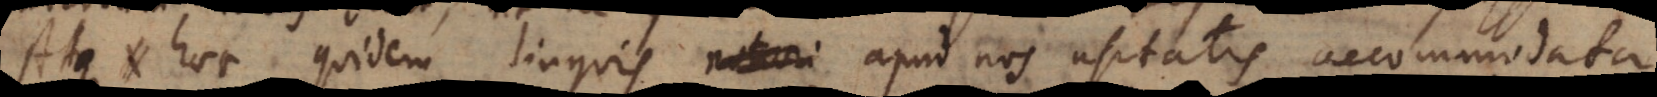
Atque haec quidem linguis notiori apud nos usitatis accommodata